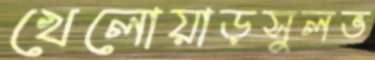
খেলোয়াড়সুলভ